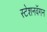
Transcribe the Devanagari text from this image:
स्टेशनवॅगन